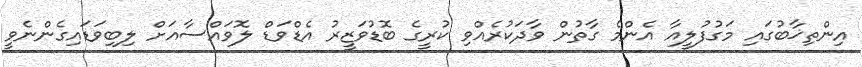
އިންތިޚާބުގައި މަގުފުލީއާ އެންމެ ގާތުން ވާދަކުރެއްވި ކުރީގެ ބޮޑުވަޒީރު އެޑްވަޑް ލޮވައްސާއަށް ލިބިވަޑައިގެންނެވީ